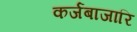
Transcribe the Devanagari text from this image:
कर्जबाजारि